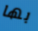
بها